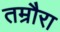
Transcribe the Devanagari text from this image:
तम्रौरा